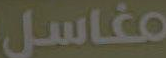
مغاسل